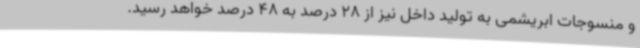
و منسوجات ابریشمی به تولید داخل نیز از 28 درصد به 48 درصد خواهد رسید.